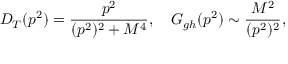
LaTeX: D _ { T } ( p ^ { 2 } ) = { \frac { p ^ { 2 } } { ( p ^ { 2 } ) ^ { 2 } + M ^ { 4 } } } , \quad G _ { g h } ( p ^ { 2 } ) \sim { \frac { M ^ { 2 } } { ( p ^ { 2 } ) ^ { 2 } } } ,